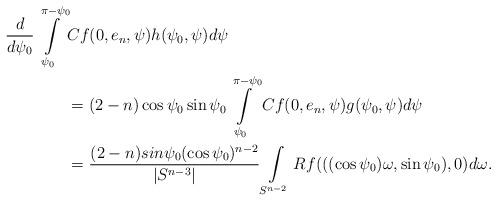
LaTeX: \begin{align*} \frac{d}{d\psi_0}\int\limits_{\psi_0}^{\pi-\psi_0}&Cf(0,e_n,\psi)h(\psi_0,\psi)d\psi\\&= (2-n)\cos \psi_0 \sin\psi_0 \int\limits_{\psi_0}^{\pi-\psi_0}Cf(0,e_n,\psi)g(\psi_0,\psi)d\psi\\&=\frac{(2-n)sin\psi_0(\cos\psi_0)^{n-2}}{|S^{n-3}|}\int\limits_{S^{n-2}}Rf(((\cos\psi_0)\omega,\sin \psi_0),0)d\omega.\end{align*}